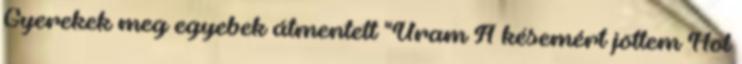
Gyerekek meg egyebek átmentett "Uram A késemért jöttem Hol